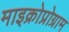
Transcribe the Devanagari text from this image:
माइक्रोप्रोग्राम